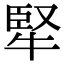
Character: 㹂